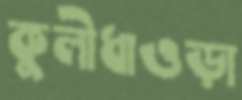
কুলীধাওড়া